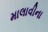
માલાવીના